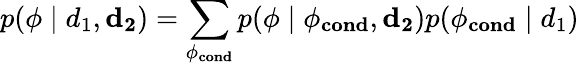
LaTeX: p(\mathbf{\phi}\mid d_{1},\mathbf{d_{2}})=\sum_{\mathbf{\phi_{cond}}}p(\mathbf{\phi}\mid\mathbf{\phi_{cond}},\mathbf{d_{2}})p(\mathbf{\phi_{cond}}\mid d_{1})